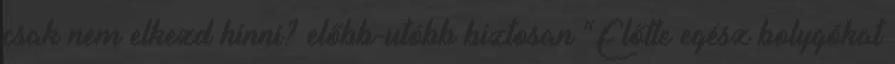
csak nem elkezd hinni? előbb-utóbb biztosan “Előtte egész bolygókat